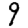
Digit: 9